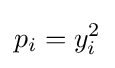
p_{i}=y_{i}^{2}